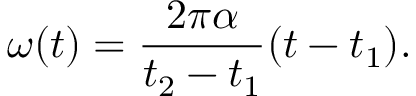
\omega ( t ) = { \frac { 2 \pi \alpha } { t _ { 2 } - t _ { 1 } } } { ( t - t _ { 1 } ) } .